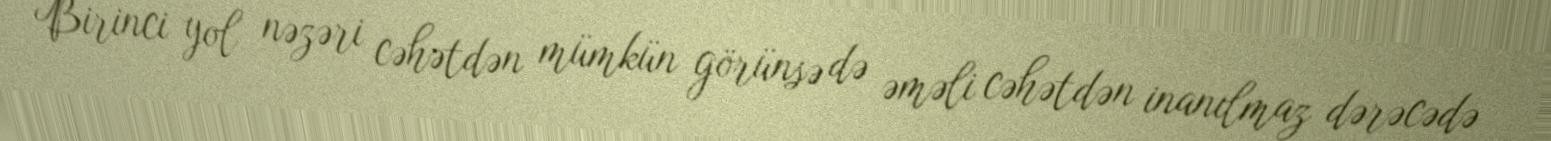
Birinci yol nəzəri cəhətdən mümkün görünsə də əməli cəhətdən inanılmaz dərəcədə